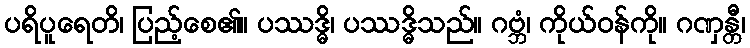
ပရိပူရေတိ၊ ပြည့်စေ၏။ ပဿဒ္ဓိ၊ ပဿဒ္ဓိသည်။ ဂဗ္ဘံ၊ ကိုယ်ဝန်ကို။ ဂဏှန္တီ၊